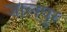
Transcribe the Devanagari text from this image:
जालपुर